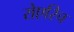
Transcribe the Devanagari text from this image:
रोएरिच